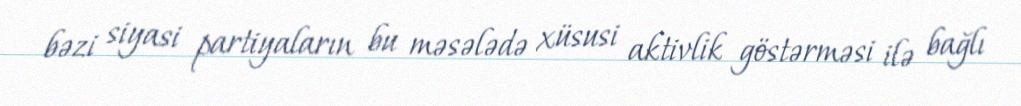
bəzi siyasi partiyaların bu məsələdə xüsusi aktivlik göstərməsi ilə bağlı